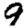
Digit: 9